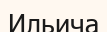
Ильича